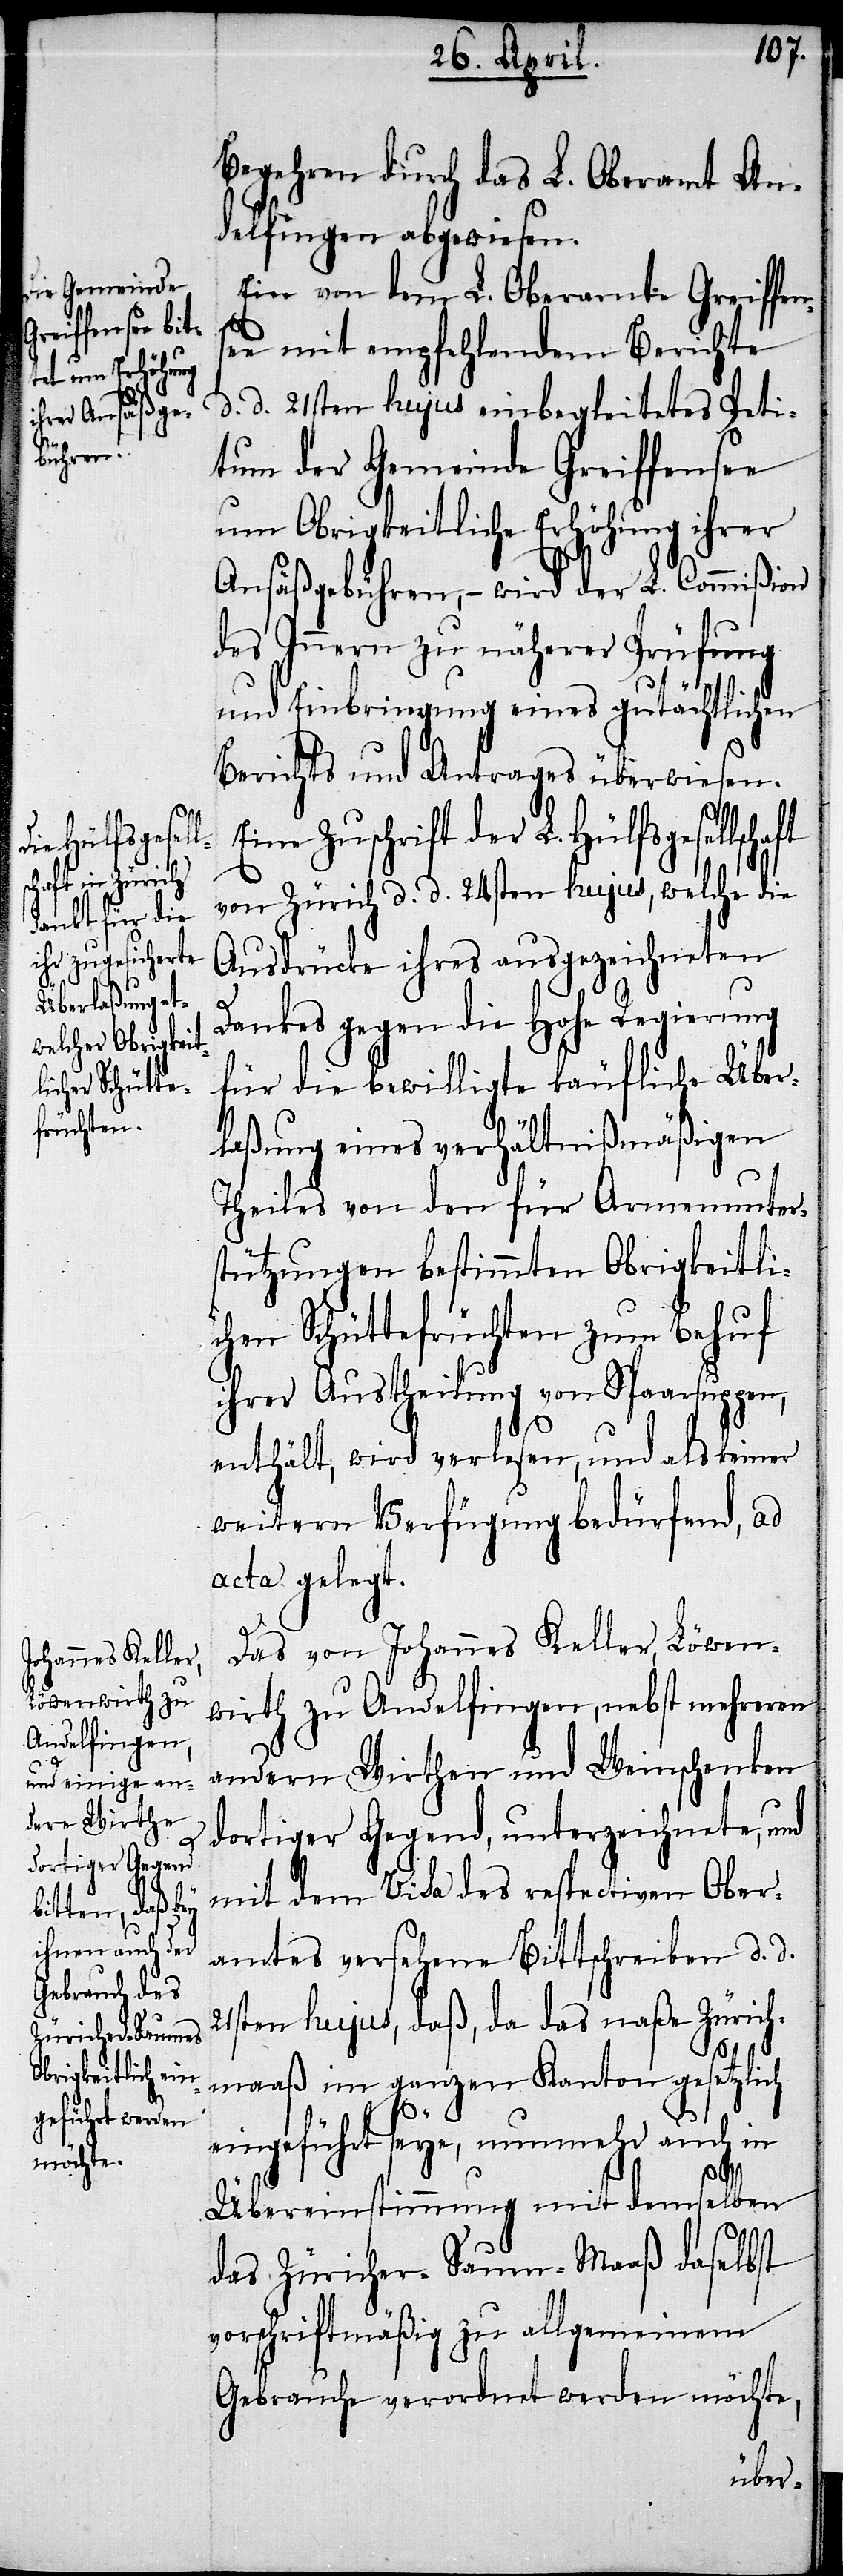
Begehren durch das L. Oberamt An¬
delfingen abgewiesen.
Ein von dem L. Oberamte Greifens¬
ee mit empfehlendem Berichte
d. d. 21sten hujus einbegleitetes Peti¬
tum der Gemeinde Greiffensee
um Obrigkeitliche Erhöhung ihrer
Ansäßgebühren, – wird der L. Commißion
des Innern zu näherer Prüfung
und Einbringung eines gutächtlichen
Berichts und Antrages überwiesen.
Eine Zuschrift der L. Hülfsgesellscha¬
von Zürich d. d. 24sten hujus, welche die
Ausdrücke ihres ausgezeichneten
Dankes gegen die Hohe Regierung
für die bewilligte käufliche Über¬
laßung eines verhältnißmäßigen
Theiles von den für Armenunter¬
stützungen bestimmten Obrigkeitli¬
chen Schüttefrüchten zum Behuf
ihrer Austheilung von Spaarsuppen,
enthält, wird verlesen, und als keiner
weitern Verfügung bedürfend, ad
acta gelegt.
Das von Johannes Keller, Löwen¬
wirth zu Andelfingen, nebst mehreren
andern Wirthen und Weinschenken
dortiger Gegend, unterzeichnet, und
mit dem Visa des respectiven Ober¬
amtes versehene Bittschreiben d. d.
21sten hujus, daß, da das naße Zürich¬
maaß im ganzen Kanton gesetzlich
eingeführt seye, nunmehr auch in
ft
Übereinstimmung mit demselben
das Züricher-Saum-Maaß daselbst
vorschriftsmäßig zu allgemeinem
Gebrauche verordnet werden möchte,